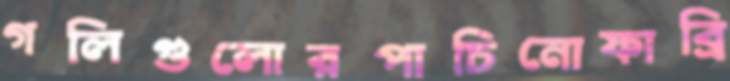
গলিগুলোরপাচিনোফাব্রি